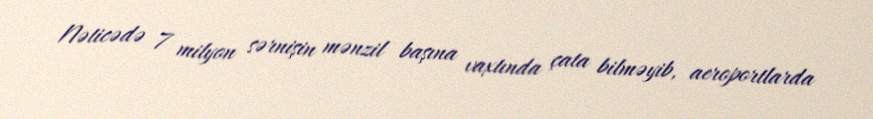
Nəticədə 7 milyon sərnişin mənzil başına vaxtında çata bilməyib, aeroportlarda